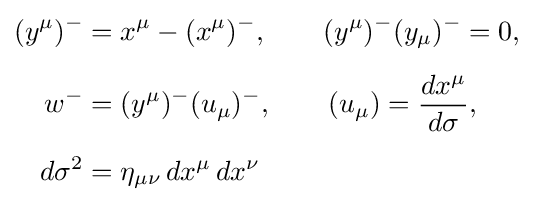
{\begin{aligned}(y^{\mu })^{-}&=x^{\mu }-(x^{\mu })^{-},\qquad (y^{\mu })^{-}(y_{\mu })^{-}=0,\\[5pt]w^{-}&=(y^{\mu })^{-}(u_{\mu })^{-},\qquad (u_{\mu })={\frac {dx^{\mu }}{d\sigma }},\\[5pt]d\sigma ^{2}&=\eta _{\mu \nu }\,dx^{\mu }\,dx^{\nu }\end{aligned}}